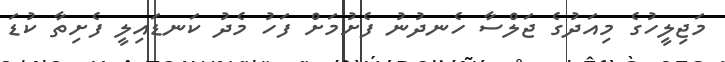
މަޖިލީހުގެ މިއަދުގެ ޖަލްސާ ހެނދުނު ފެށުމަށް ފަހު މެދު ކަނޑައިލީ ފެށިތާ ކުޑަ